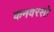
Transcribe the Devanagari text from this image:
कनवरसो